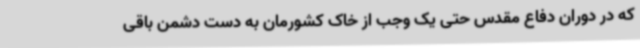
که در دوران دفاع مقدس حتی یک وجب از خاک کشورمان به دست دشمن باقی